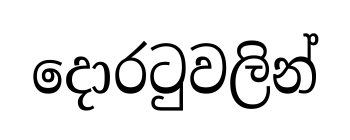
දොරටුවලින්